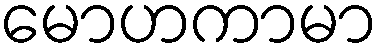
မောဟကာမာ